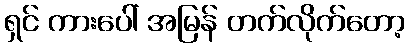
ရှင် ကားပေါ် အမြန် တက်လိုက်တော့